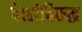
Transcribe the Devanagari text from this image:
देशांविरुद्ध